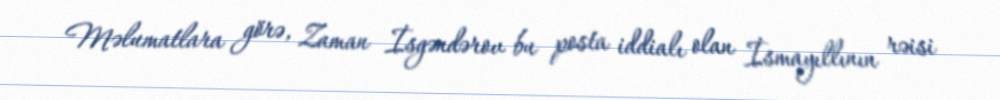
Məlumatlara görə, Zaman İsgəndərov bu posta iddialı olan İsmayıllının rəisi